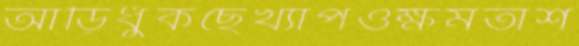
আড়িধুঁকছেখ্যাপওক্ষমতাশ